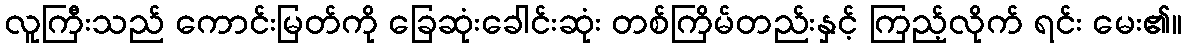
လူကြီးသည် ကောင်းမြတ်ကို ခြေဆုံးခေါင်းဆုံး တစ်ကြိမ်တည်းနှင့် ကြည့်လိုက် ရင်း မေး၏။